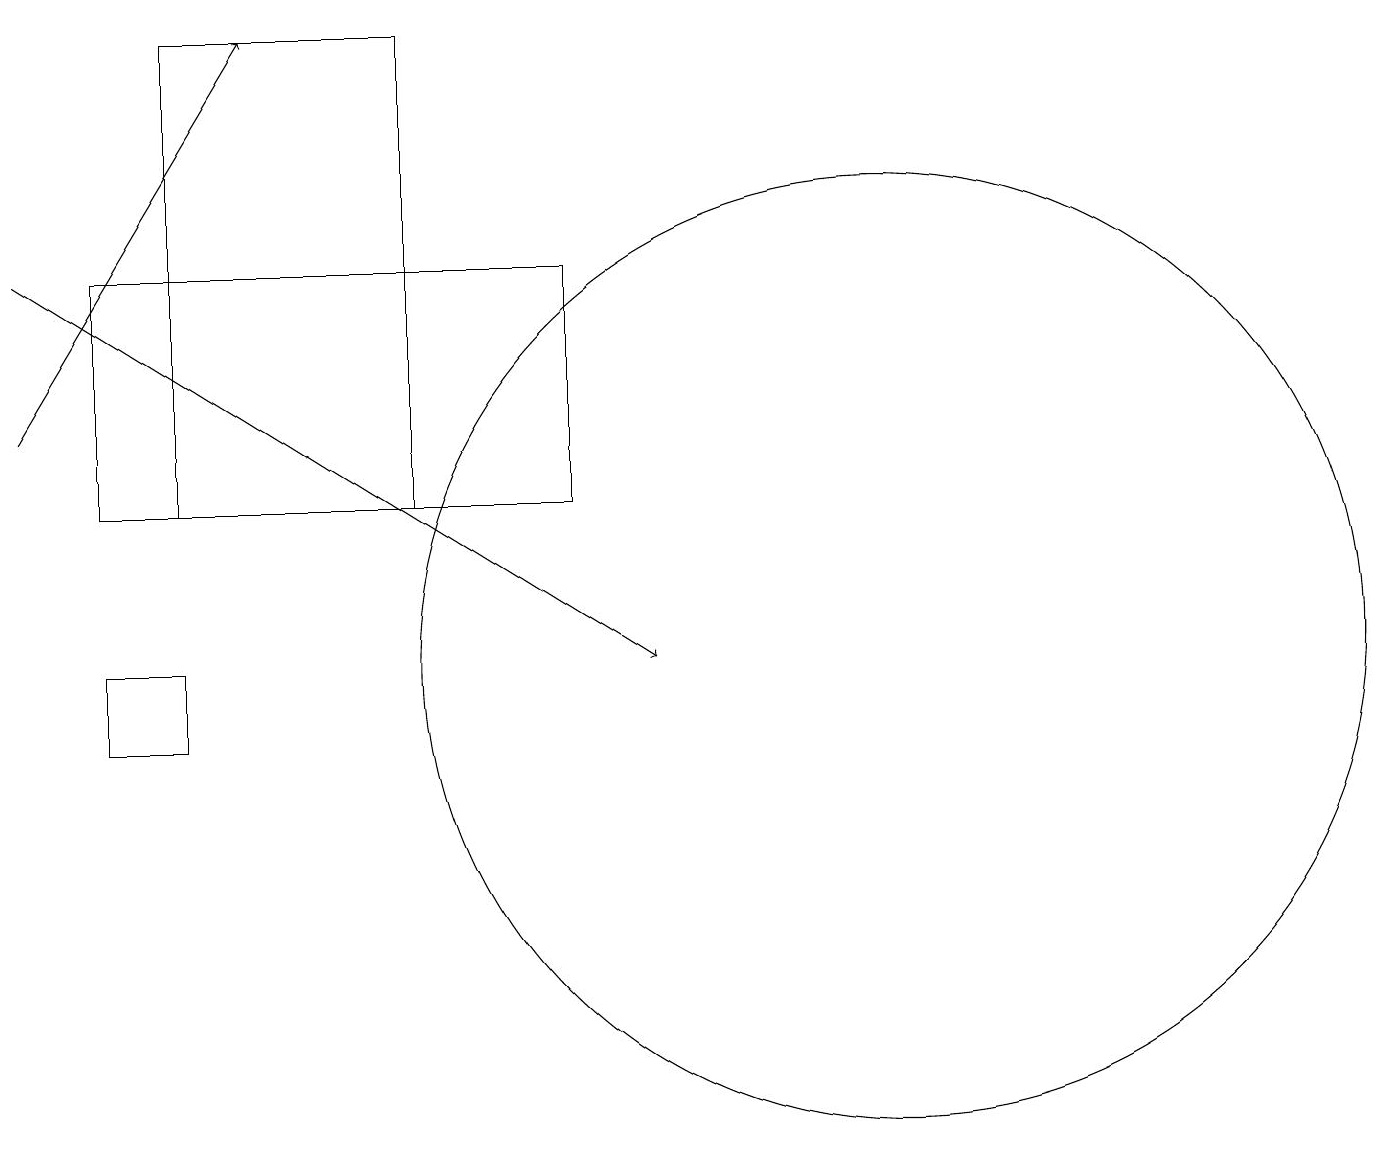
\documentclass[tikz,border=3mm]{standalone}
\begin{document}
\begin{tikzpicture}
\draw (1,10) rectangle (2,11);
\draw (1,16) rectangle (7,13);
\draw (11,11) circle (6);
\draw[->] (0,16) -- (8,11);
\draw (5,13) rectangle (2,19);
\draw[->] (0,14) -- (3,19);
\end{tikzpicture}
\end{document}